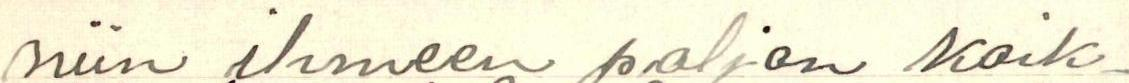
niin ihmeen paljon kaik-